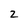
Character: 2